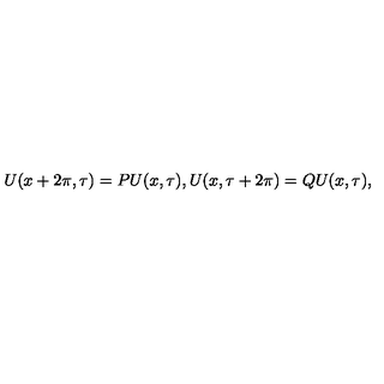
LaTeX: U ( x + 2 \pi , \tau ) = P U ( x , \tau ) , U ( x , \tau + 2 \pi ) = Q U ( x , \tau ) ,